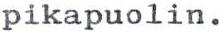
pikapuolin.